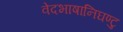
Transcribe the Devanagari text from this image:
वेदभाषानिघण्टु